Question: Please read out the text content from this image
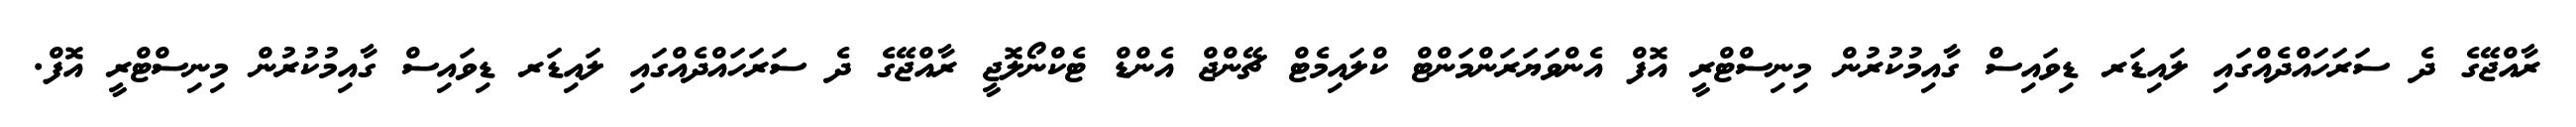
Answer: ރާއްޖޭގެ ދެ ސަރަހައްދެއްގައި ލައިޑަރ ޑިވައިސް ގާއިމުކުރުން މިނިސްޓްރީ އޮފް އެންވަޔަރަންމަންޓް ކްލައިމެޓް ޗޭންޖް އެންޑް ޓެކްނޯލޮޖީ ރާއްޖޭގެ ދެ ސަރަހައްދެއްގައި ލައިޑަރ ޑިވައިސް ގާއިމުކުރުން މިނިސްޓްރީ އޮފް.